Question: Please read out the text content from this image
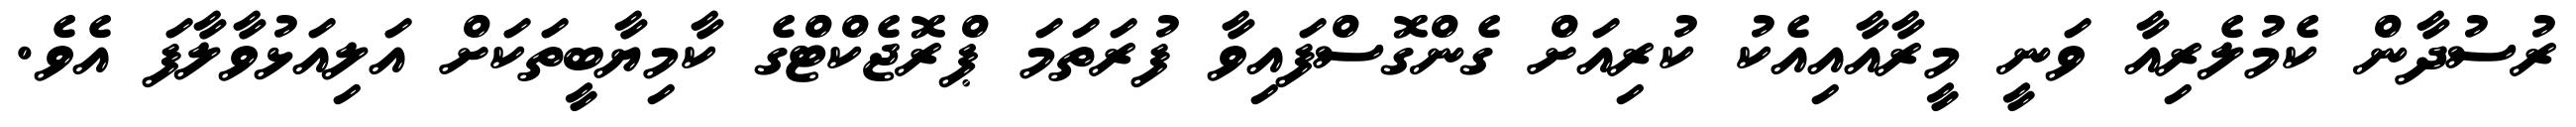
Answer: ރުސުދާން ކެމުލެރިއާ ވަނީ މީރާއާއިއެކު ކުރިއަށް ގެންގޮސްފައިވާ ފުރަތަމަ ޕްރޮޖެކްޓްގެ ކާމިޔާބީތަކަށް އަލިއަޅުވާލާފަ އެވެ.